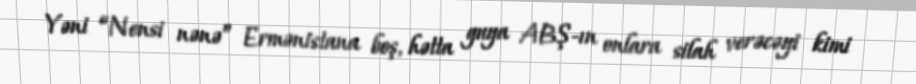
Yəni “Nensi nənə” Ermənistana boş, hətta guya ABŞ-ın onlara silah verəcəyi kimi